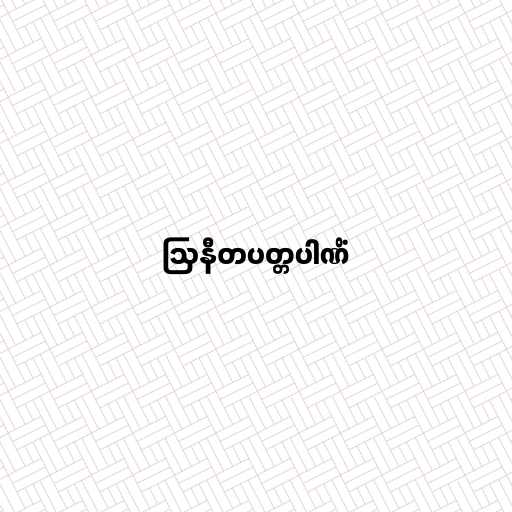
ဩနီတပတ္တပါဏိံ